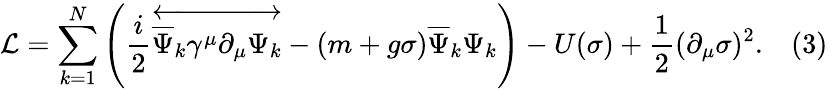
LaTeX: {\mathcal{L}}=\sum_{k=1}^{N}\left({\frac{i}{2}}{\overleftrightarrow{{\overline{{\Psi}}}_{k}\gamma^{\mu}\partial_{\mu}\Psi_{k}}}-(m+g\sigma){\overline{{\Psi}}}_{k}\Psi_{k}\right)-U(\sigma)+{\frac{1}{2}}(\partial_{\mu}\sigma)^{2}.\, \, \, \, \, (3)